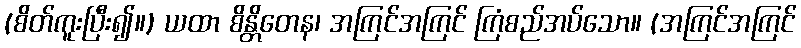
(စိတ်ကူးပြီး၍။) ယထာ စိန္တိတေန၊ အကြင်အကြင် ကြံစည်အပ်သော။ (အကြင်အကြင်